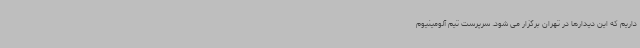
داریم که این دیدارها در تهران برگزار می شود. سرپرست تیم آلومینیوم